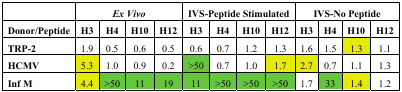
<table><thead><tr><td></td><td colspan="4"><b><i>Ex Vivo</i></b></td><td colspan="4"><b>IVS-Peptide Stimulated</b></td><td colspan="4"><b>IVS-No Peptide</b></td></tr><tr><td><b>Donor/Peptide</b></td><td><b>H3</b></td><td><b>H4</b></td><td><b>H10</b></td><td><b>H12</b></td><td><b>H3</b></td><td><b>H4</b></td><td><b>H10</b></td><td><b>H12</b></td><td><b>H3</b></td><td><b>H4</b></td><td><b>H10</b></td><td><b>H12</b></td></tr></thead><tbody><tr><td><b>TRP-2</b></td><td>1.9</td><td>0.5</td><td>0.6</td><td>0.5</td><td>0.6</td><td>0.7</td><td>1.2</td><td>1.3</td><td>1.6</td><td>1.5</td><td>1.3</td><td>1.1</td></tr><tr><td><b>HCMV</b></td><td>5.3</td><td>1.0</td><td>0.9</td><td>0.2</td><td>&gt;50</td><td>0.7</td><td>1.0</td><td>1.7</td><td>2.7</td><td>0.7</td><td>1.1</td><td>1.3</td></tr><tr><td><b>Inf M</b></td><td>4.4</td><td>&gt;50</td><td>11</td><td>19</td><td>11</td><td>&gt;50</td><td>&gt;50</td><td>&gt;50</td><td>1.7</td><td>33</td><td>1.4</td><td>1.2</td></tr></tbody></table>